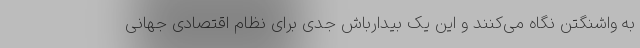
به واشنگتن نگاه می‌کنند و این یک بیدارباش جدی برای نظام اقتصادی جهانی